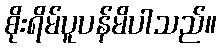
စိုးရိမ်ပူပန်မိပါသည်။